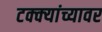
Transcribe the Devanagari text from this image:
टक्‍क्‍यांच्यावर